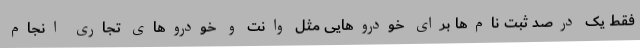
فقط یک درصد ثبت نام‌ها برای خودروهایی مثل وانت و خودروهای تجاری انجام